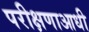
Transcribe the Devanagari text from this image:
परीक्षणाआधी